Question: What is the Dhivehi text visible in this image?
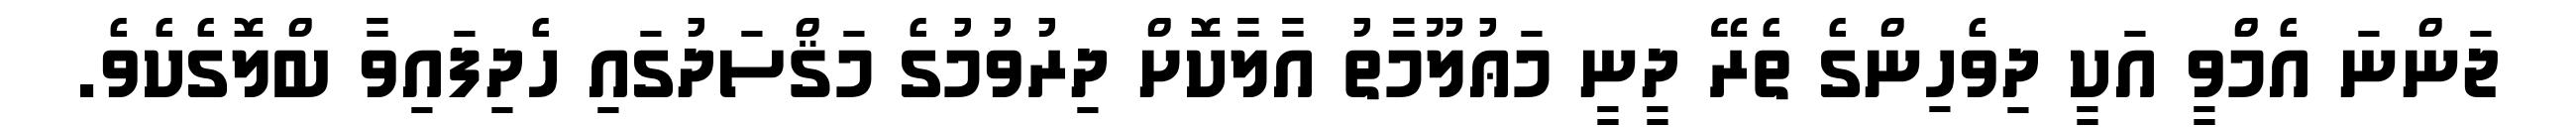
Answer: ޖަންނަ އެމްވީ އަކީ ދިވެހިންގެ ތެރޭ ދީނީ މަޢުލޫމާތު އާލާކޮށް ދިރުވުމުގެ މަޤްސަދުގައި ހެދިފައިވާ ބްލޮގެކެވެ.